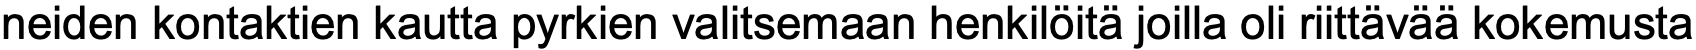
neiden kontaktien kautta pyrkien valitsemaan henkilöitä joilla oli riittävää kokemusta